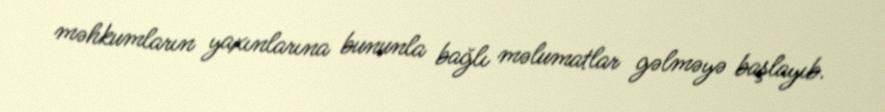
məhkumların yaxınlarına bununla bağlı məlumatlar gəlməyə başlayıb.